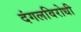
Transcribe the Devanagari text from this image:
दंगलविरोधी